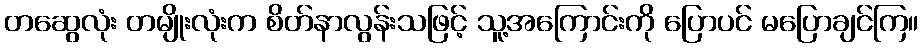
တဆွေလုံး တမျိုးလုံးက စိတ်နာလွန်းသဖြင့် သူ့အကြောင်းကို ပြောပင် မပြောချင်ကြ။